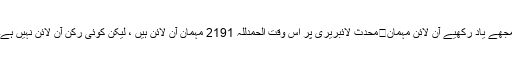
مجھے یاد رکھیے آن لائن مہمان	محدث لائبریری پر اس وقت الحمدللہ 2191 مہمان آن لائن ہیں ، لیکن کوئی رکن آن لائن نہیں ہے۔